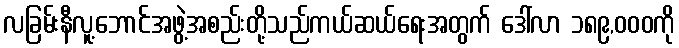
လခြမ်းနီလူ့ဘောင်အဖွဲ့အစည်းတို့သည်ကယ်ဆယ်ရေးအတွက် ဒေါ်လာ ၁၈၉,၀၀၀ကို